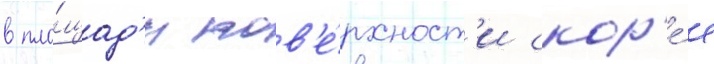
в пло́щад'и пов'е́рхност'и скор'е́е